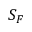
S _ { F }